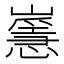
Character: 𡽸